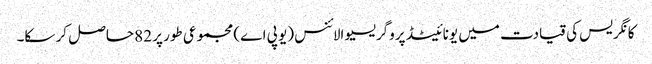
کانگریس کی قیادت میں یونائیٹڈ پروگریسیو الائنس (یو پی اے) مجموعی طور پر 82 حاصل کر سکا۔